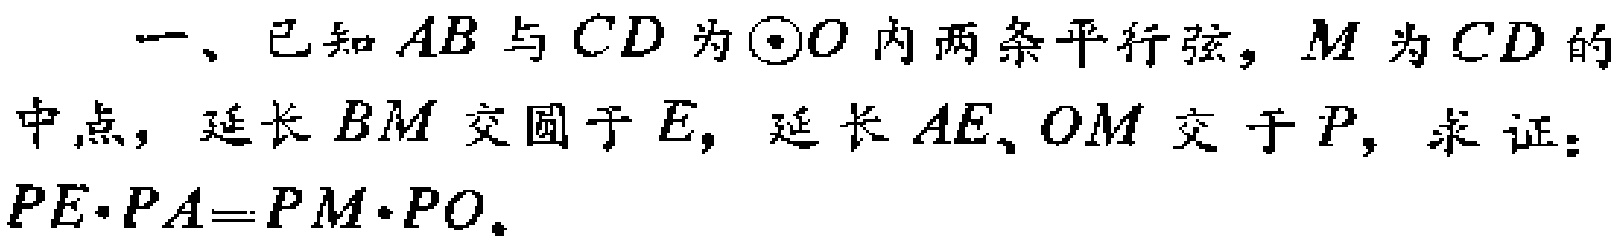
一、已知\(AB\)与\(CD\)为\(\odot O\)内两条平行弦，\(M\)为\(CD\)的中点，延长\(BM\)交圆于\(E\)，延长\(AE\)、\(OM\)交于\(P\)，求证：\(PE\cdot PA = PM\cdot PO\)。